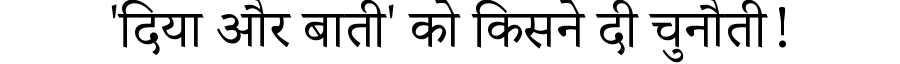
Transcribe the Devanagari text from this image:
'दिया और बाती' को किसने दी चुनौती!